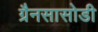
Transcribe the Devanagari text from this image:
ग्रैनसासोडी